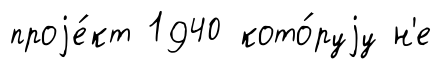
проjе́кт 1940 кото́руjу н'е